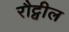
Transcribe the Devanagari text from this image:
रौट्वील